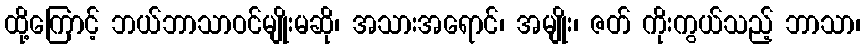
ထို့ကြောင့် ဘယ်ဘာသာဝင်မျိုးမဆို၊ အသားအရောင်၊ အမျိုး၊ ဇတ် ကိုးကွယ်သည့် ဘာသာ၊